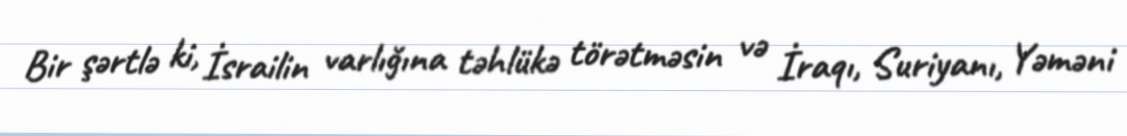
Bir şərtlə ki, İsrailin varlığına təhlükə törətməsin və İraqı, Suriyanı, Yəməni